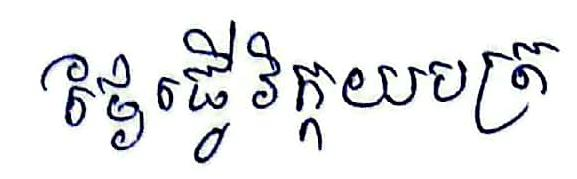
ថ្ងៃធ្វើវិក្កយបត្រ